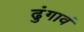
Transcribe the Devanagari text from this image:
ढुंगावं